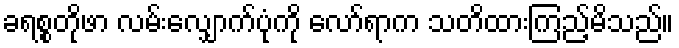
ခရစ္စတိုဖာ လမ်းလျှောက်ပုံကို လော်ရာက သတိထားကြည့်မိသည်။